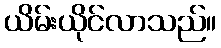
ယိမ်းယိုင်လာသည်။